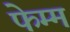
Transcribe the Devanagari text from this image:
फेम्म